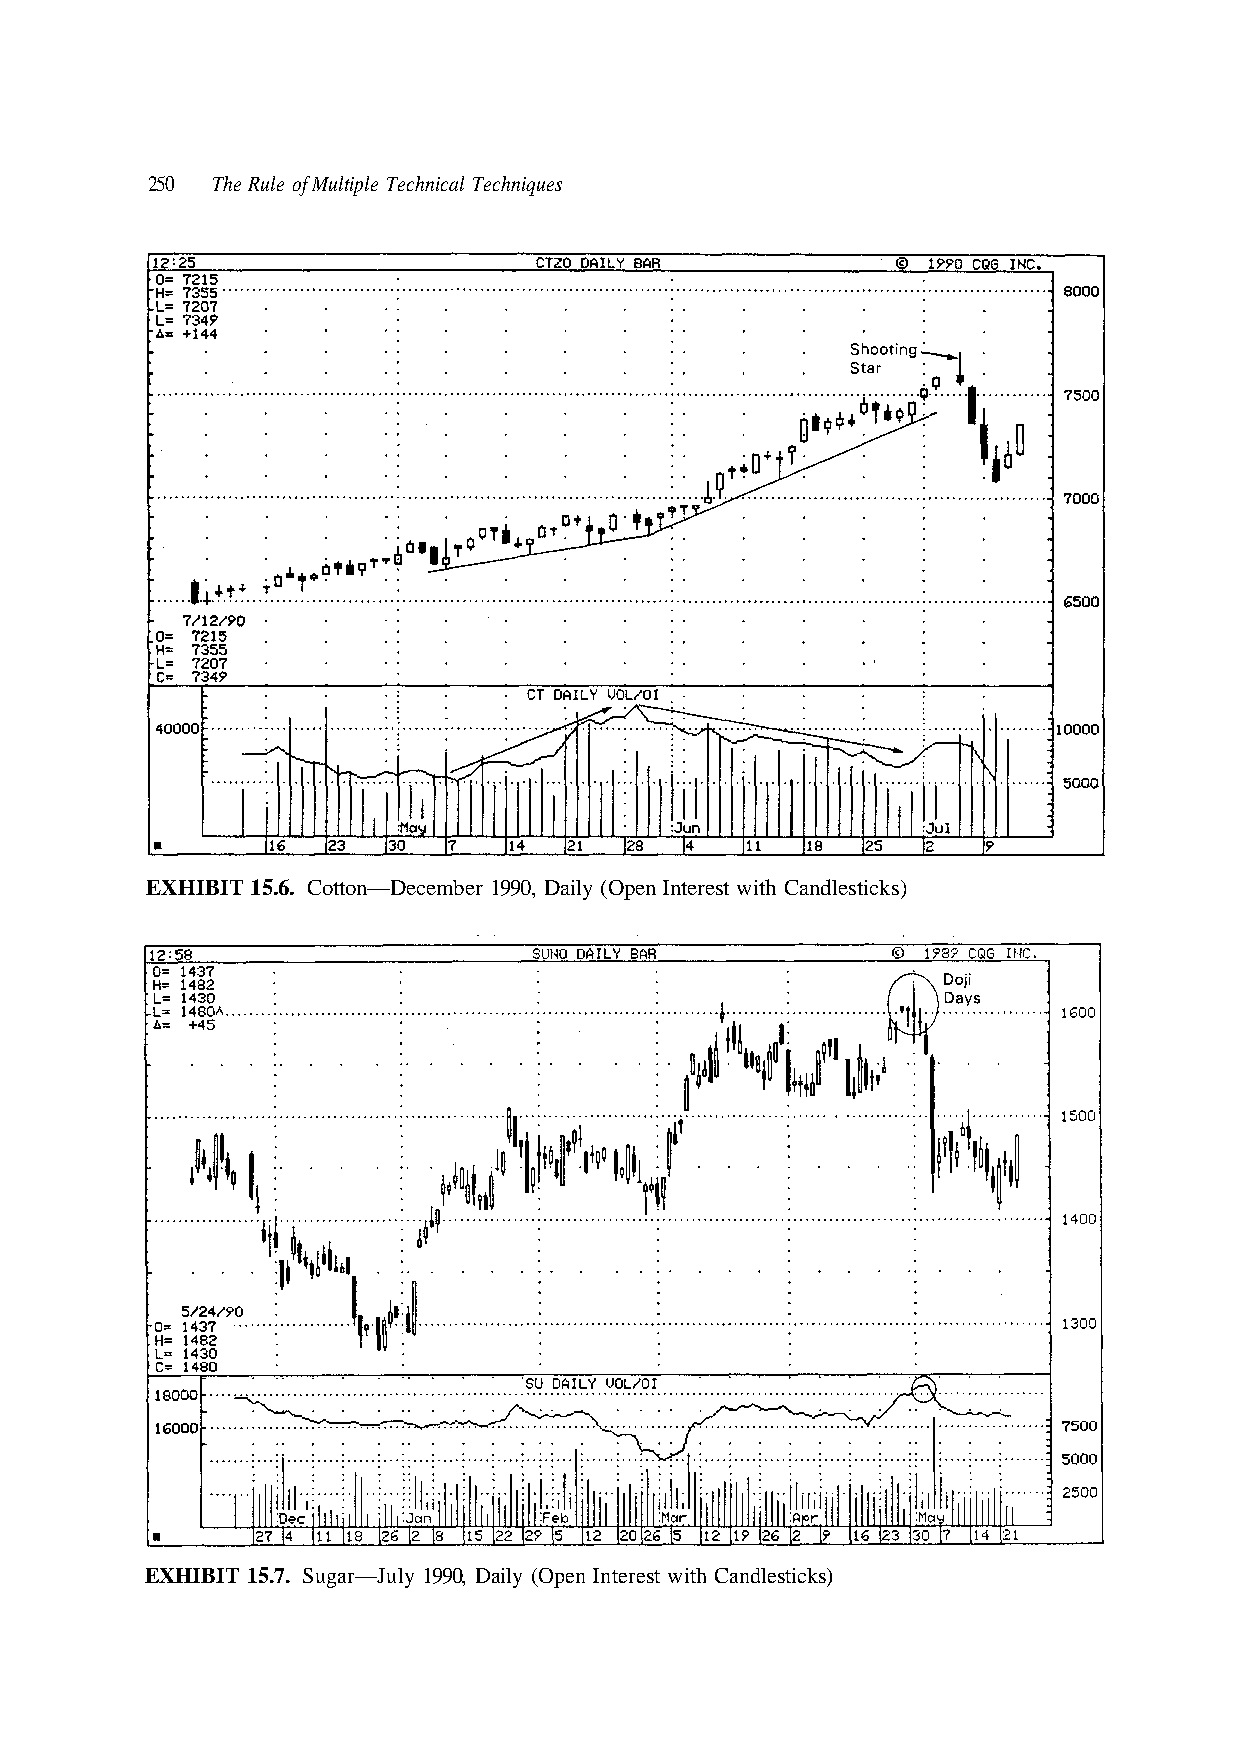
250 The Rule of Multiple Technical Techniques
 EXHIBIT 15.7. Sugar—July 1990, Daily (Open Interest with Candlesticks)
 ks) c esti dl n a C h wit est er nt n I e p O y ( ail D 0, 9 9 1 er b m e c e D — n o ott C 6. 5. 1 T BI HI X E